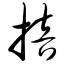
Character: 掊